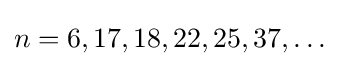
n=6,17,18,22,25,37,\dots